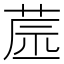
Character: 𦱯